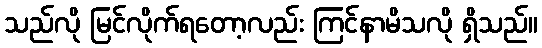
သည်လို မြင်လိုက်ရတော့လည်း ကြင်နာမိသလို ရှိသည်။